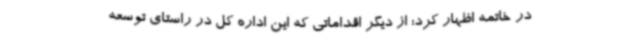
در خاتمه اظهار کرد: از دیگر اقداماتی که این اداره کل در راستای توسعه